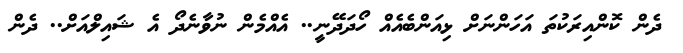
ދެން ކޮންއިރަކުތަ އަހަންނަށް ޅިއަންބެއެއް ހޯދަދޭނީ.. އެއްމެން ނުވާނެދޯ އެ ޝައިލްއަށް.. ދެން